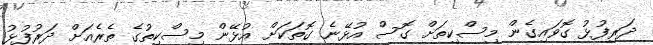
ދަރިފުޅު ގޮވައިގެން މިސްކިތަށް ގޮސް އުޅޭނެ ގޮތަކަށް އުޅޭން މިސްކިތުގެ ތެރެއަށް ދަރުފުޅު